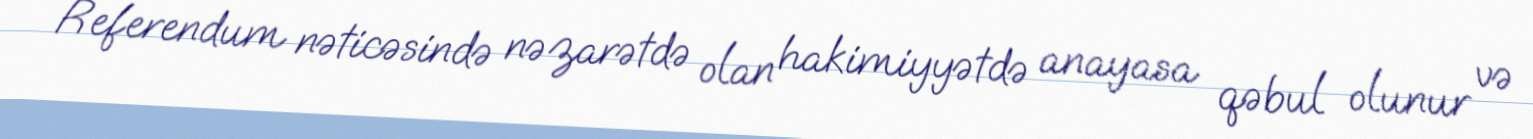
Referendum nəticəsində nəzarətdə olan hakimiyyətdə anayasa qəbul olunur və